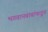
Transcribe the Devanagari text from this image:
भगवानबाबांकडून